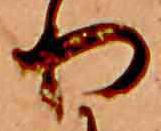
り